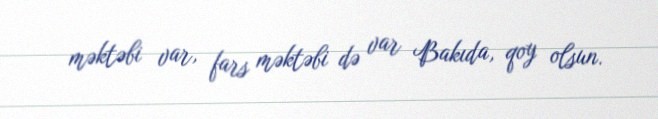
məktəbi var, fars məktəbi də var Bakıda, qoy olsun.